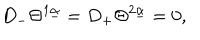
{ D } _ { - } \Theta ^ { 1 \underline { { \alpha } } } = { D } _ { + } \Theta ^ { 2 \underline { { \alpha } } } = 0 ,